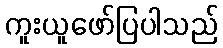
ကူးယူဖော်ပြပါသည်